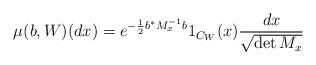
LaTeX: \begin{align*}\mu(b,W)(dx)=e^{-\frac{1}{2}b^*M_x^{-1}b}1_{C_W}(x)\frac{dx}{\sqrt{\det M_x}}\end{align*}